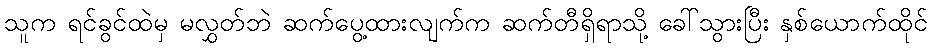
သူက ရင်ခွင်ထဲမှ မလွှတ်ဘဲ ဆက်ပွေ့ထားလျက်က ဆက်တီရှိရာသို့ ခေါ်သွားပြီး နှစ်ယောက်ထိုင်